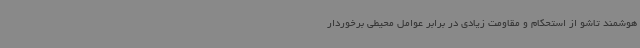
هوشمند تاشو از استحکام و مقاومت زیادی در برابر عوامل محیطی برخوردار